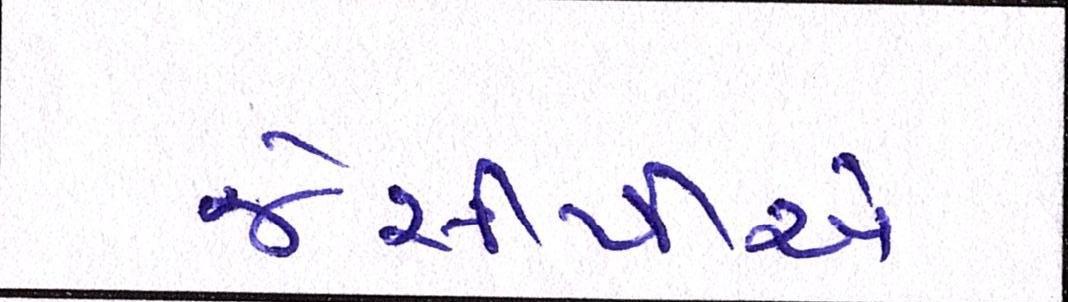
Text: જેસીપીએ